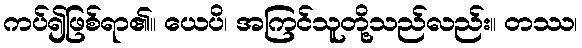
ကပ်၍ဖြစ်ရာ၏။ ယေပိ၊ အကြင်သူတို့သည်လည်း။ တဿ၊